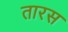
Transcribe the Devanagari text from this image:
तारस